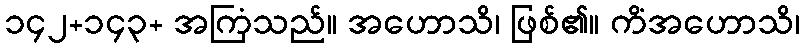
၁၄၂+၁၄၃+ အကြံသည်။ အဟောသိ၊ ဖြစ်၏။ ကိံအဟောသိ၊